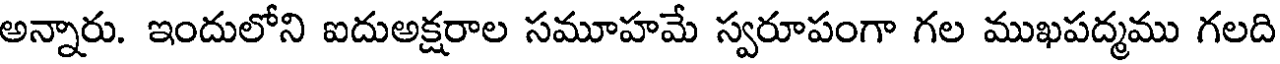
అన్నారు. ఇందులోని ఐదుఅక్షరాల సమూహమే స్వరూపంగా గల ముఖపద్మము గలది